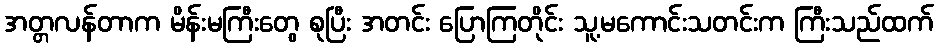
အတ္တလန်တာက မိန်းမကြီးတွေ စုပြီး အတင်း ပြောကြတိုင်း သူ့မကောင်းသတင်းက ကြီးသည်ထက်